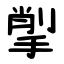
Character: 揱